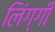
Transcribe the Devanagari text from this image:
लिंग्गी